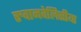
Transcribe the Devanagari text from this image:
रुवानवेलिसीया